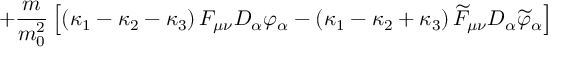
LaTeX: + \frac { m } { m _ { 0 } ^ { 2 } } \left[ \left( \kappa _ { 1 } - \kappa _ { 2 } - \kappa _ { 3 } \right) { \cal F } _ { \mu \nu } D _ { \alpha } \varphi _ { \alpha } - \left( \kappa _ { 1 } - \kappa _ { 2 } + \kappa _ { 3 } \right) \widetilde { { \cal F } } _ { \mu \nu } D _ { \alpha } \widetilde { \varphi } _ { \alpha } \right]